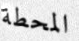
المحطة